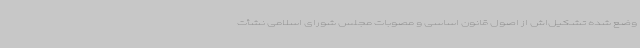
وضع شده تشکیل‌اش از اصول قانون اساسی و مصوبات مجلس شورای اسلامی نشأت